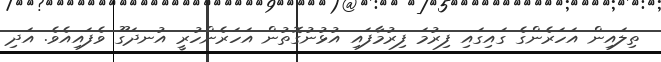
ތިލައިން އަހަރެންގެ ގައިގައި ފިރުމަ ފިރުމާފައި އުޅުނުގޮތުން އަހަރެންހުރީ އުނދަގޫ ވެފައިއެވެ. އަދި